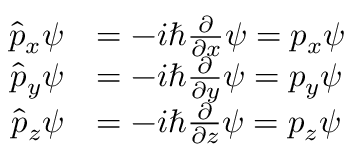
{ \begin{array} { r l } { { \hat { p } } _ { x } \psi } & { = - i \hbar { \frac { \partial } { \partial x } } \psi = p _ { x } \psi } \\ { { \hat { p } } _ { y } \psi } & { = - i \hbar { \frac { \partial } { \partial y } } \psi = p _ { y } \psi } \\ { { \hat { p } } _ { z } \psi } & { = - i \hbar { \frac { \partial } { \partial z } } \psi = p _ { z } \psi } \end{array} } \,